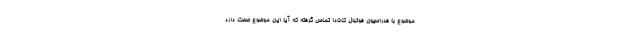
موضوع با فدراسیون فوتبال کانادا تماس گرفته که آیا این موضوع صحت دارد